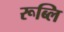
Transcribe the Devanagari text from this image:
रूब्लि